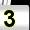
Digit: 3